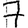
Digit: 7